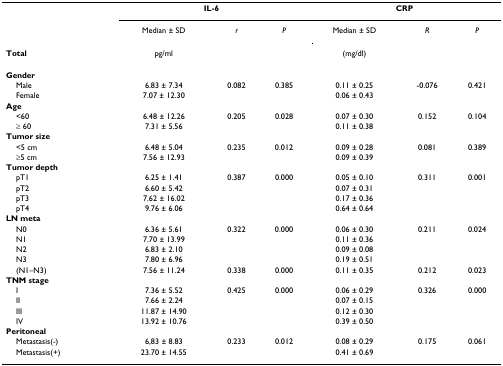
<table><thead><tr><td></td><td colspan="3"><b>IL-6</b></td><td colspan="3"><b>CRP</b></td></tr><tr><td></td><td><b>Median ± SD</b></td><td><b><i>r</i></b></td><td><b><i>P</i></b></td><td><b>Median ± SD</b></td><td><b><i>R</i></b></td><td><b><i>P</i></b></td></tr><tr><td><b>Total</b></td><td><b>pg/ml</b></td><td></td><td></td><td><b>(mg/dl)</b></td><td></td><td></td></tr></thead><tbody><tr><td><b>Gender</b></td><td></td><td></td><td></td><td></td><td></td><td></td></tr><tr><td> Male</td><td>6.83 ± 7.34</td><td>0.082</td><td>0.385</td><td>0.11 ± 0.25</td><td>-0.076</td><td>0.421</td></tr><tr><td> Female</td><td>7.07 ± 12.30</td><td></td><td></td><td>0.06 ± 0.43</td><td></td><td></td></tr><tr><td><b>Age</b></td><td></td><td></td><td></td><td></td><td></td><td></td></tr><tr><td> &lt;60</td><td>6.48 ± 12.26</td><td>0.205</td><td>0.028</td><td>0.07 ± 0.30</td><td>0.152</td><td>0.104</td></tr><tr><td> ≥ 60</td><td>7.31 ± 5.56</td><td></td><td></td><td>0.11 ± 0.38</td><td></td><td></td></tr><tr><td><b>Tumor size</b></td><td></td><td></td><td></td><td></td><td></td><td></td></tr><tr><td> &lt;5 cm</td><td>6.48 ± 5.04</td><td>0.235</td><td>0.012</td><td>0.09 ± 0.28</td><td>0.081</td><td>0.389</td></tr><tr><td> ≥5 cm</td><td>7.56 ± 12.93</td><td></td><td></td><td>0.09 ± 0.39</td><td></td><td></td></tr><tr><td><b>Tumor depth</b></td><td></td><td></td><td></td><td></td><td></td><td></td></tr><tr><td> pT1</td><td>6.25 ± 1.41</td><td>0.387</td><td>0.000</td><td>0.05 ± 0.10</td><td>0.311</td><td>0.001</td></tr><tr><td> pT2</td><td>6.60 ± 5.42</td><td></td><td></td><td>0.07 ± 0.31</td><td></td><td></td></tr><tr><td> pT3</td><td>7.62 ± 16.02</td><td></td><td></td><td>0.17 ± 0.36</td><td></td><td></td></tr><tr><td> pT4</td><td>9.76 ± 6.06</td><td></td><td></td><td>0.64 ± 0.64</td><td></td><td></td></tr><tr><td><b>LN meta</b></td><td></td><td></td><td></td><td></td><td></td><td></td></tr><tr><td> N0</td><td>6.36 ± 5.61</td><td>0.322</td><td>0.000</td><td>0.06 ± 0.30</td><td>0.211</td><td>0.024</td></tr><tr><td> N1</td><td>7.70 ± 13.99</td><td></td><td></td><td>0.11 ± 0.36</td><td></td><td></td></tr><tr><td> N2</td><td>6.83 ± 2.10</td><td></td><td></td><td>0.09 ± 0.08</td><td></td><td></td></tr><tr><td> N3</td><td>7.80 ± 6.96</td><td></td><td></td><td>0.19 ± 0.51</td><td></td><td></td></tr><tr><td> (N1–N3)</td><td>7.56 ± 11.24</td><td>0.338</td><td>0.000</td><td>0.11 ± 0.35</td><td>0.212</td><td>0.023</td></tr><tr><td><b>TNM stage</b></td><td></td><td></td><td></td><td></td><td></td><td></td></tr><tr><td> I</td><td>7.36 ± 5.52</td><td>0.425</td><td>0.000</td><td>0.06 ± 0.29</td><td>0.326</td><td>0.000</td></tr><tr><td> II</td><td>7.66 ± 2.24</td><td></td><td></td><td>0.07 ± 0.15</td><td></td><td></td></tr><tr><td> III</td><td>11.87 ± 14.90</td><td></td><td></td><td>0.12 ± 0.30</td><td></td><td></td></tr><tr><td> IV</td><td>13.92 ± 10.76</td><td></td><td></td><td>0.39 ± 0.50</td><td></td><td></td></tr><tr><td><b>Peritoneal</b></td><td></td><td></td><td></td><td></td><td></td><td></td></tr><tr><td> Metastasis(-)</td><td>6,83 ± 8.83</td><td>0.233</td><td>0.012</td><td>0.08 ± 0.29</td><td>0.175</td><td>0.061</td></tr><tr><td> Metastasis(+)</td><td>23.70 ± 14.55</td><td></td><td></td><td>0.41 ± 0.69</td><td></td><td></td></tr></tbody></table>